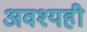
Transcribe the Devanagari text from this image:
अवश्यही